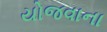
યોજવાના